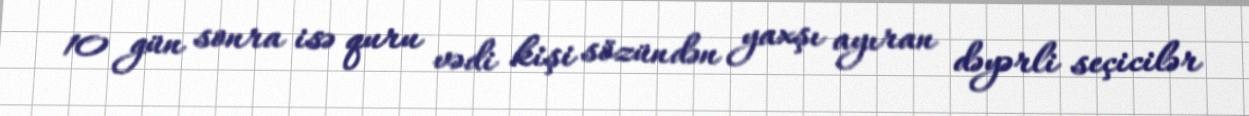
10 gün sonra isə quru vədi kişi sözündən yaxşı ayıran dəyərli seçicilər